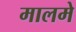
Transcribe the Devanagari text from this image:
मालमे